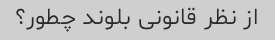
از نظر قانونی بلوند چطور؟